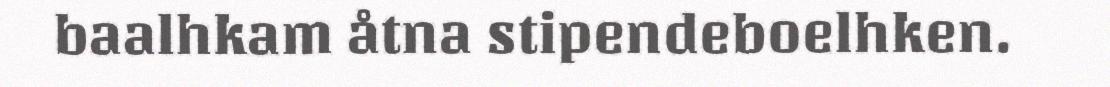
baalhkam åtna stipendeboelhken.